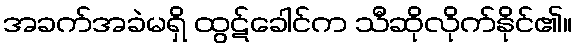
အခက်အခဲမရှိ ထွဋ်ခေါင်က သီဆိုလိုက်နိုင်၏။